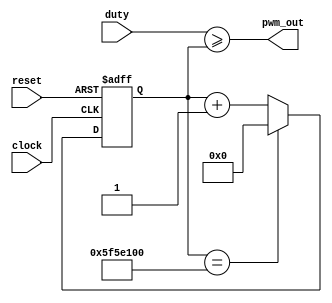
`timescale 1ns / 1ps
//////////////////////////////////////////////////////////////////////////////////
// Company: 
// Engineer: 
// 
// Design Name: 
// Module Name: PWM
// Project Name: 
// Target Devices: 
// Tool Versions: 
// Description: 
// 
// Dependencies: 
// 
// Revision:
// Revision 0.01 - File Created
// Additional Comments:
// 
//////////////////////////////////////////////////////////////////////////////////


module PWM #(parameter max_counter = 100_000_000)
    (
    input clock,
    input reset,
    input [$clog2(max_counter + 1) - 1:0] duty,
    output pwm_out
    );
    
    localparam MAX_COUNT = $rtoi($floor($itor(max_counter))); 
    reg [$clog2(max_counter + 1) - 1:0] count = 0;

    always @(posedge clock or negedge reset) begin
        if (!reset) begin
            count = 0;
        end else begin
            if (count == MAX_COUNT) begin
                count = 0;
            end else begin
                count = count + 1;
            end
        end
    end

    assign pwm_out = (duty >= count);
    
endmodule